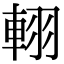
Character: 𨋾